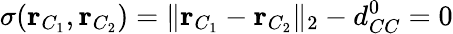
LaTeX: \sigma(\mathbf{r}_{C_{1}},\mathbf{r}_{C_{2}})=\| \mathbf{r}_{C_{1}}-\mathbf{r}_{C_{2}}\| _{2}-d_{CC}^{0}=0